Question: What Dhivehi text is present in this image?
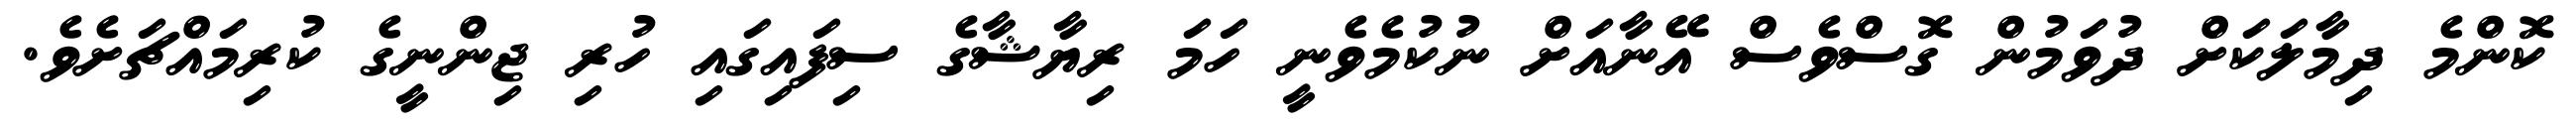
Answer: ކޮންމެ ދިމާލަކަށް ދުވަމުން ގޮސްވެސް އޭނާއަށް ނުކުމެވެނީ ހަމަ ރިޔާޝާގެ ސިފައިގައި ހުރި ޖިންނީގެ ކުރިމައްޗަށެވެ.